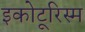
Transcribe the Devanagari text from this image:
इकोटूरिस्म